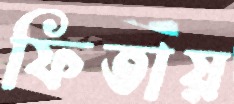
ফিতায়